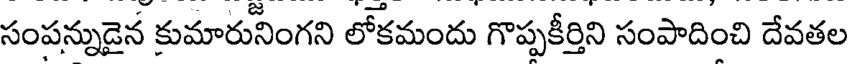
సంపన్నుడైన కుమారునింగని లోకమందు గొప్పకీర్తిని సంపాదించి దేవతల